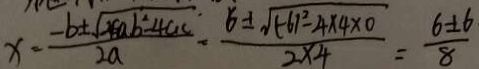
x = \frac { - b \pm \sqrt { 4 a b ^ { 2 } - 4 a c } } { 2 a } \cdot \frac { 6 \pm \sqrt { ( - 6 ) ^ { 2 } - 4 \times 4 \times 0 } } { 2 \times 4 } = \frac { 6 \pm 6 } { 8 }